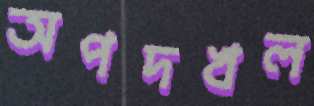
অপদখল